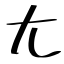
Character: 尢